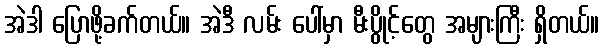
အဲဒါ ပြောဖို့ခက်တယ်။ အဲဒီ လမ်း ပေါ်မှာ မီးပွိုင့်တွေ အများကြီး ရှိတယ်။